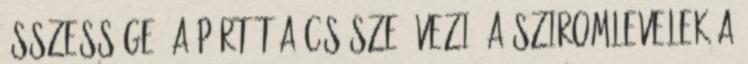
összessége. A pártát a csésze övezi. A sziromlevelek a